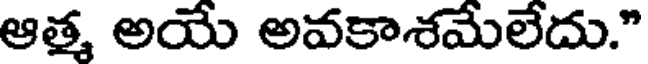
ఆత్మ అయే అవకాశమేలేదు."